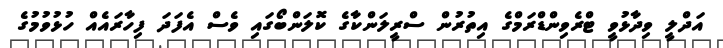
އަދްލީ ވިދާޅުވީ ޓްރެވިންޑްރަމްގެ އިތުރުން ސްރީލަންކާގެ ކޮލަންބޯގައި ވެސް އެފަދަ ފިހާރައެއް ހުޅުވުމުގެ